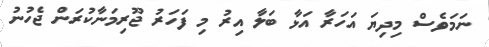
ނަމަވެސް މިދިޔަ އަހަރާ އަޅާ ބަލާ އިރު މި ފަހަރު ޖޫރިމަނާކުރަން ޖެހުނު